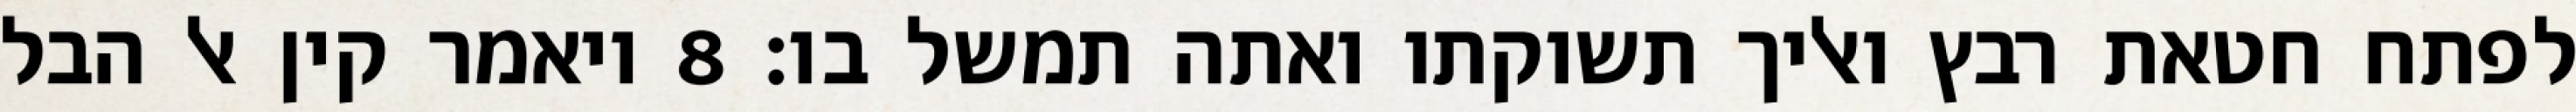
לפתח חטאת רבץ ואליך תשוקתו ואתה תמשל בו׃ ‎8‏ ויאמר קין אל הבל